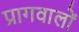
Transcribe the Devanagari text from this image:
प्रागवालों